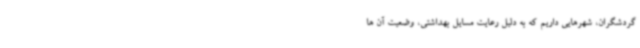
گردشگران، شهرهایی داریم که به دلیل رعایت مسایل بهداشتی، وضعیت آن ها